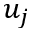
u _ { j }